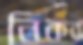
নিকর